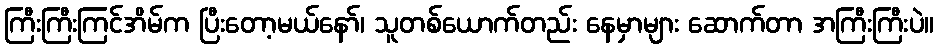
ကြီးကြီးကြင်အိမ်က ပြီးတော့မယ်နော်၊ သူတစ်ယောက်တည်း နေမှာများ ဆောက်တာ အကြီးကြီးပဲ။